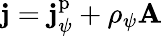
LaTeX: \mathbf{j}=\mathbf{j}_{\psi}^{\mathrm{p}}+\rho_{\psi}\mathbf{A}